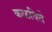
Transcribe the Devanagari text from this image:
कळविते